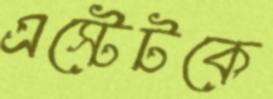
এস্টেটকে